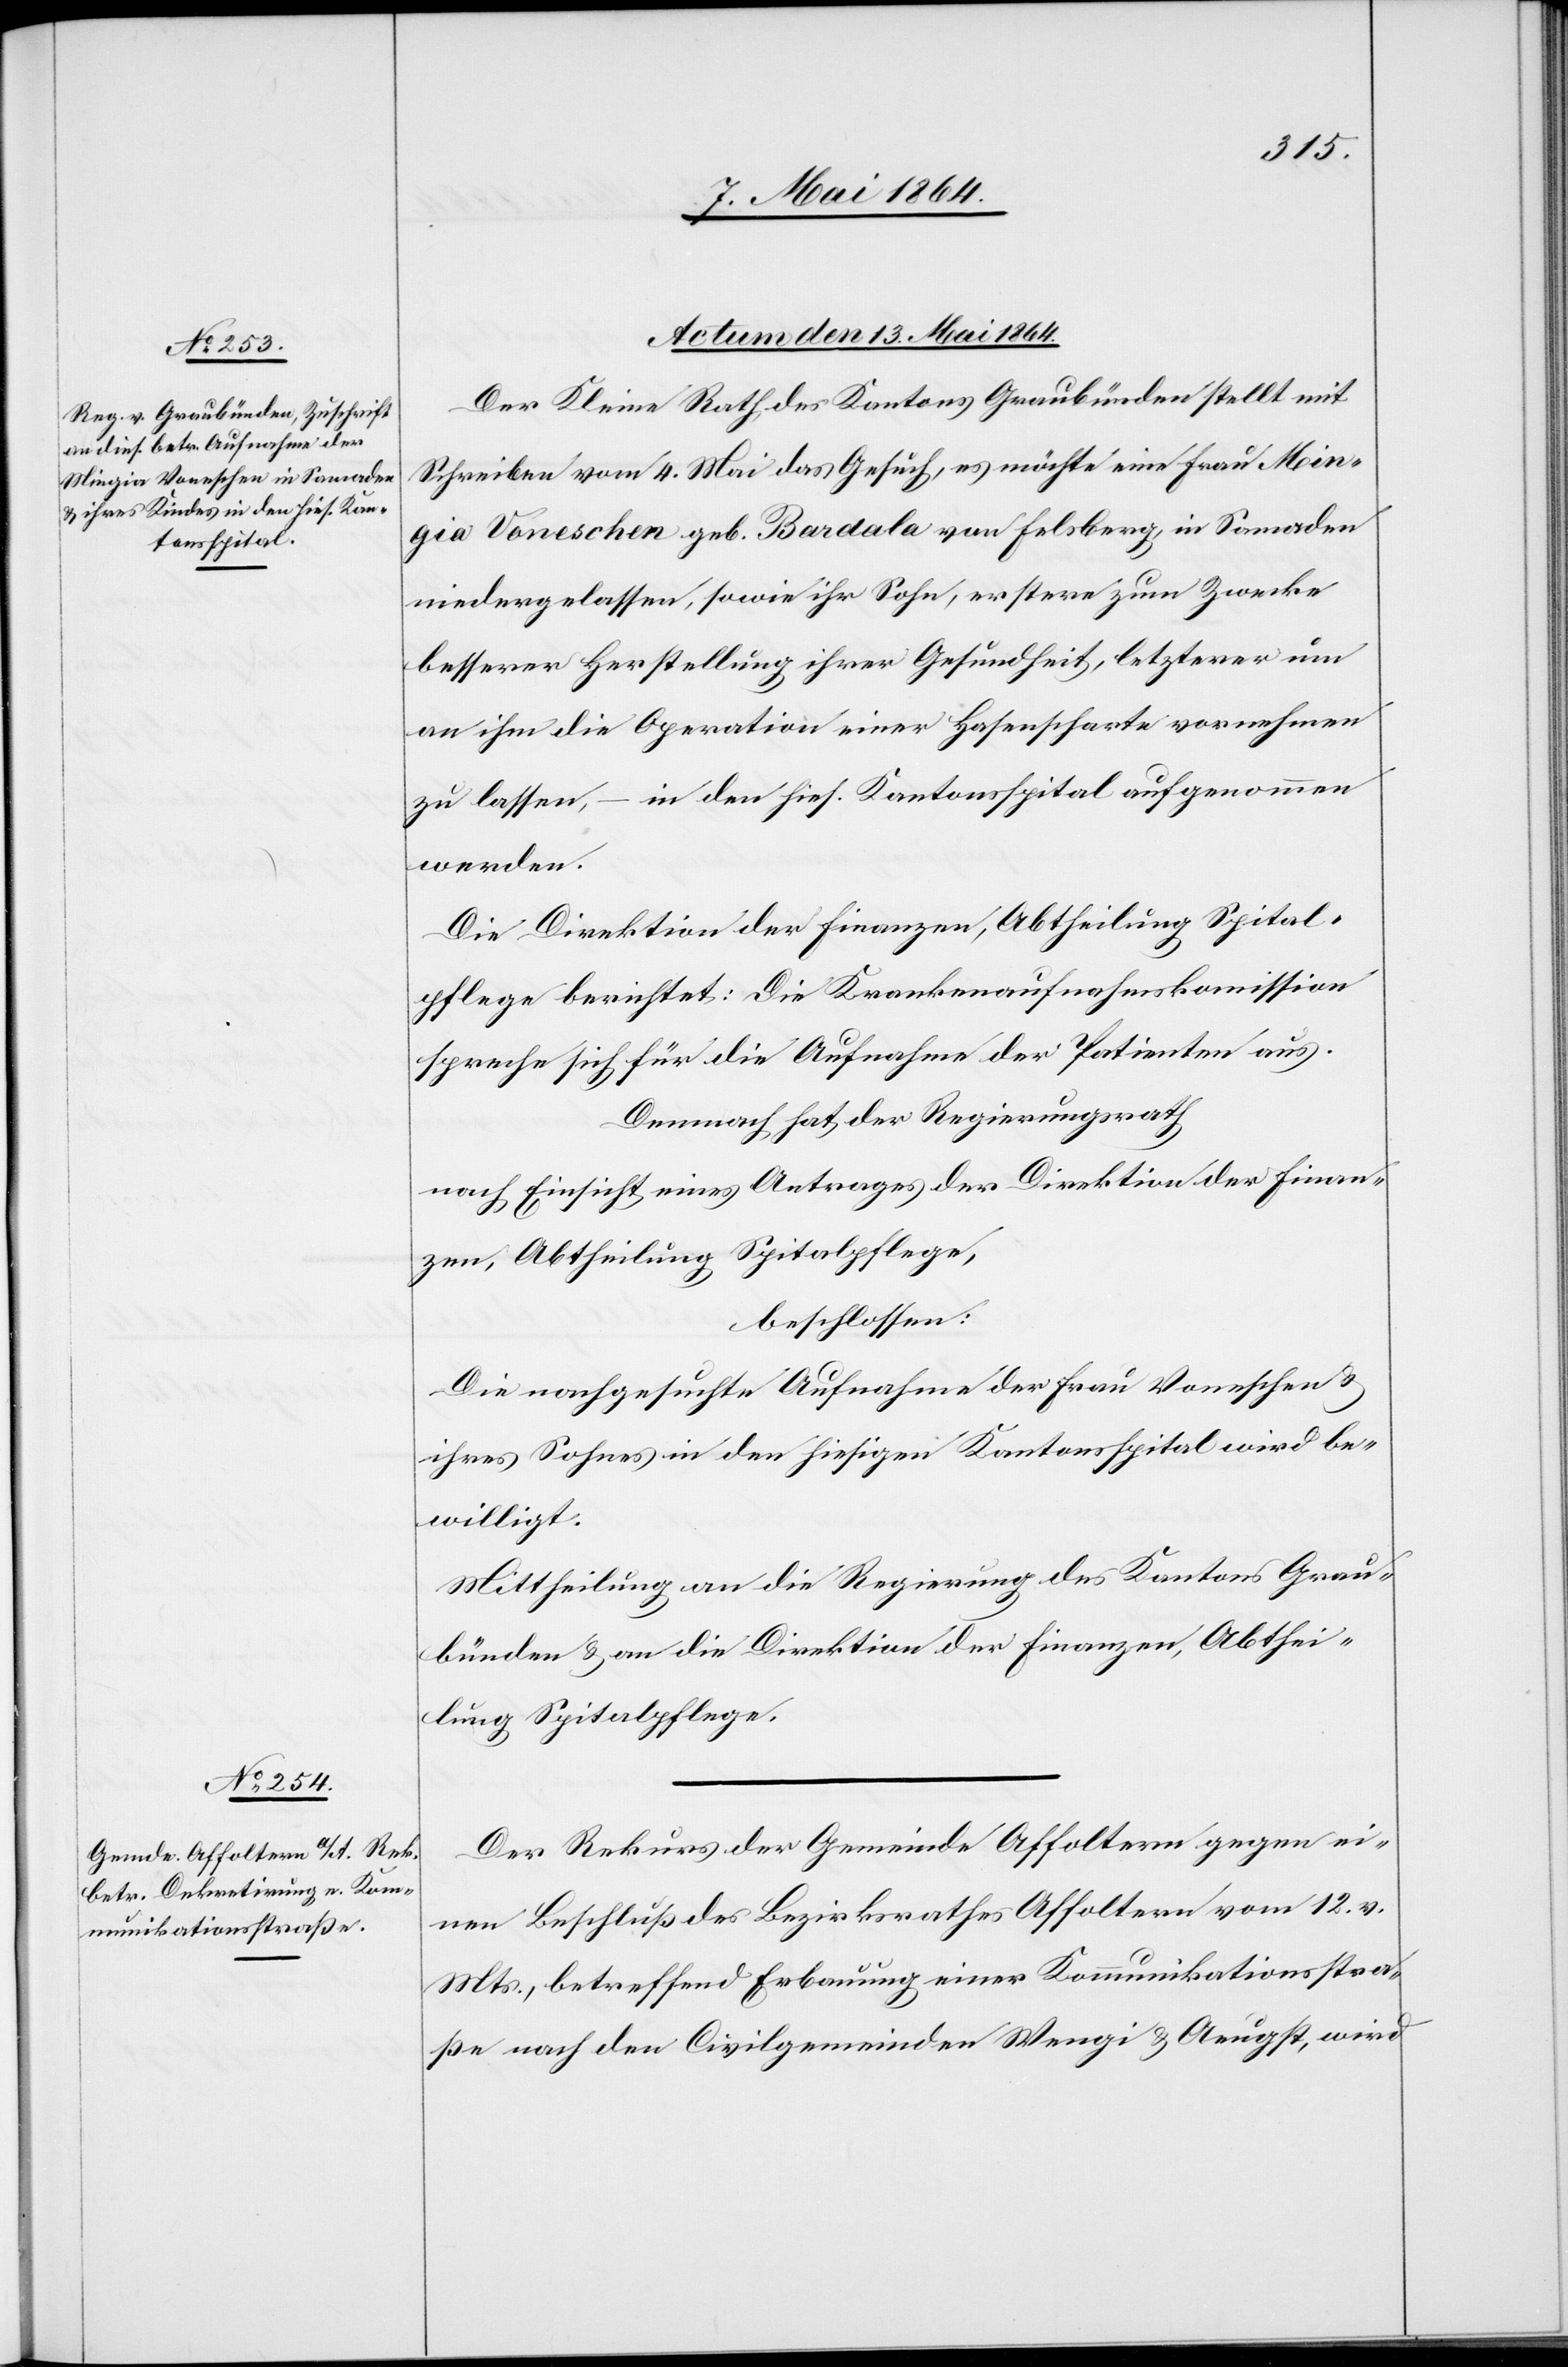
Actum den 13. Mai 1864.]
Der Kleine Rath des Kantons Graubünden stellt mit
Schreiben vom 4. Mai das Gesuch, es möchte eine Frau Min¬
gia Voneschen geb. Bardala von Felsberg, in Samaden
niedergelassen, sowie ihr Sohn, erstere zum Zwecke
besserer Herstellung ihrer Gesundheit, letzterer um
an ihm die Operation einer Hasenscharte vornehmen
zu lassen, – in den hies. Kantonsspital aufgenommen
werden.
Die Direktion der Finanzen, Abtheilung Spital¬
pflege berichtet: Die Krankenaufnahmskomission
spreche sich für die Aufnahme der Patienten aus.
Demnach hat der Regierungsrath
nach Einsicht eines Antrages der Direktion der Finan¬
zen, Abtheilung Spitalpflege,
beschlossen:
Die nachgesuchte Aufnahme der Frau Voneschen u.
ihres Sohnes in den hiesigen Kantonsspital wird be¬
willigt.
Mittheilung an die Regierung des Kantons Grau¬
bünden u. an die Direktion der Finanzen, Abthei¬
lung Spitalpflege.
Der Rekurs der Gemeinde Affoltern gegen ei¬
nen Beschluß des Bezirksrathes Affoltern vom 12. v.
Mts., betreffend Erbauung einer Kommunikationsstra¬
ße nach den Civilgemeinden Wengi u. Aeugst, wird